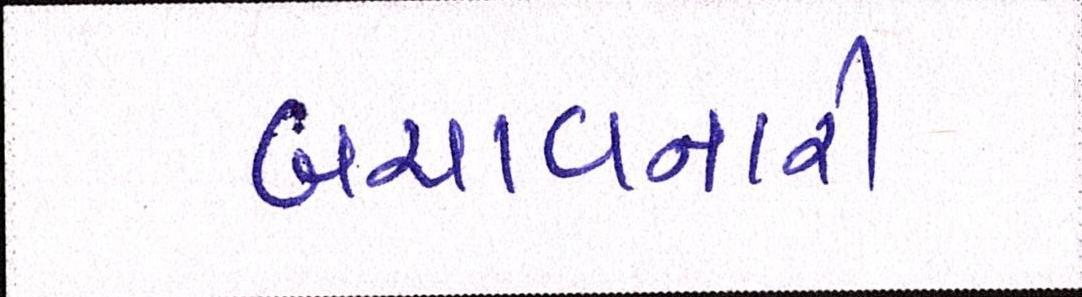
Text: બચાવનારી